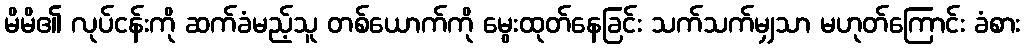
မိမိ၏ လုပ်ငန်းကို ဆက်ခံမည့်သူ တစ်ယောက်ကို မွေးထုတ်နေခြင်း သက်သက်မျှသာ မဟုတ်ကြောင်း ခံစား